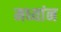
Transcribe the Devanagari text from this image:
मध्यांन